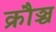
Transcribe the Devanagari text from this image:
क्रौञ्च